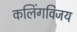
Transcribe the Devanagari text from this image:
कलिंगविजय